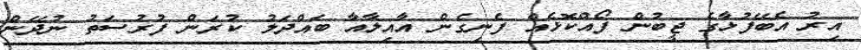
އިރު އެބޭފުޅާގެ ޖީބުން ފޯއްކޮޅެއް ފެނިގެން އާއިލާއާ ބައްދަލު ކުރަން ފުރުސަތު ނުދޭން